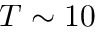
T \sim 1 0